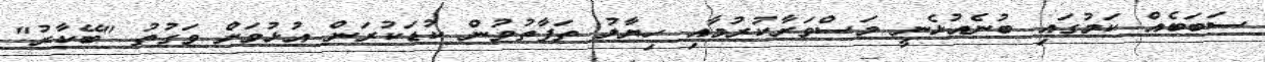
ސަބަބެއް ކަމުގައި ބުނެއުޅެނީ މަސްވަރާކުރުމާއި ހިޔާލު ތަފާތުވުން ކުޑަކުރަން އުޅުމަށް ވަގުތު "ބޭކާރު"